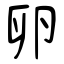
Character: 卵